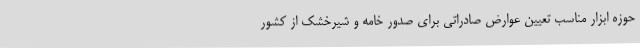
حوزه ابزار مناسب تعیین عوارض صادراتی برای صدور خامه و شیرخشک از کشور